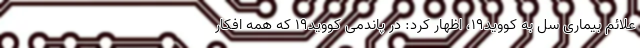
علائم بیماری سل به کووید۱۹، اظهار کرد: در پاندمی کووید۱۹ که همه‌ افکار